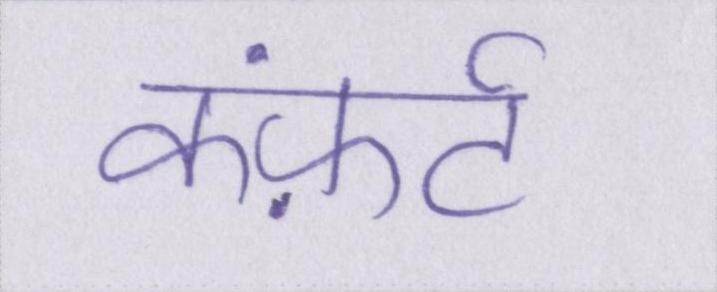
कंफ़र्ट